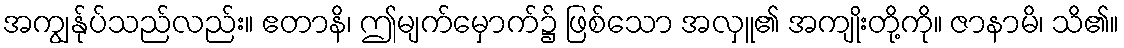
အကျွန်ုပ်သည်လည်း။ ဧတာနိ၊ ဤမျက်မှောက်၌ ဖြစ်သော အလှူ၏ အကျိုးတို့ကို။ ဇာနာမိ၊ သိ၏။